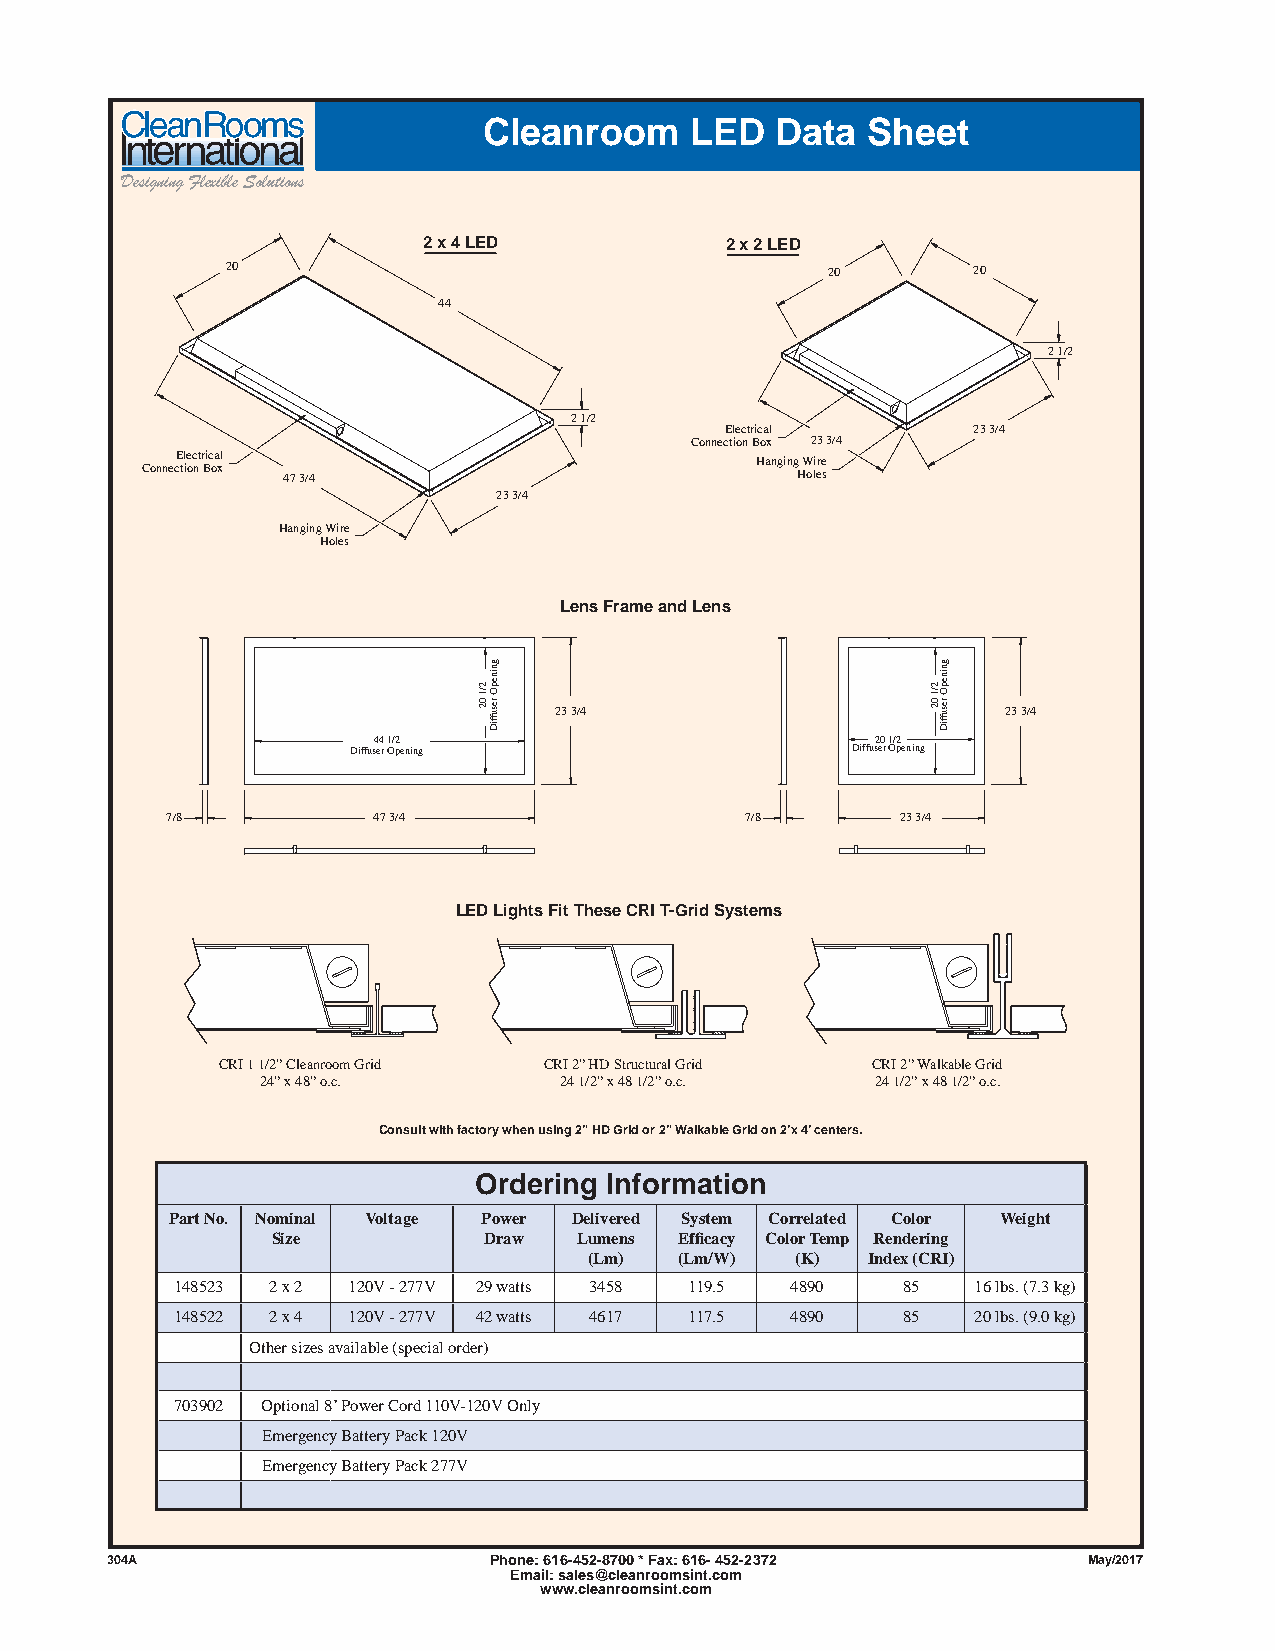
Cleanroom     LED  Data  Sheet
 Designing Flexible Solutions
 2 x 4 LED           2 x 2 LED
 20                                      20       20
 44
 2 1/2
 2 1/2
 Electrical      23 3/4
 Connection Box 23 3/4
 Electrical                            Hanging Wire
 Connection Box 47 3/4                       Holes
 23 3/4
 Hanging Wire
 Holes
 Lens Frame and Lens
 23 3/4                        23 3/4
 44 1/2                           20 1/2
 Diffuser Opening                 Diffuser Opening
 7/8           47 3/4                  7/8        23 3/4
 LED Lights Fit These CRI T-Grid Systems
 CRI 1 1/2” Cleanroom Grid CRI 2” HD Structural Grid CRI 2” Walkable Grid
 24” x 48” o.c.      24 1/2” x 48 1/2” o.c. 24 1/2” x 48 1/2” o.c.
 Consult with factory when using 2” HD Grid or 2” Walkable Grid on 2’x 4’ centers.
 Ordering Information
 Part No. Nominal Voltage Power Delivered System Correlated Color Weight
 Size          Draw  Lumens Effi cacy Color Temp Rendering
 (Lm)  (Lm/W)  (K) Index (CRI)
 148523 2 x 2 120V - 277V 29 watts 3458 119.5 4890 85 16 lbs. (7.3 kg)
 148522 2 x 4 120V - 277V 42 watts 4617 117.5 4890 85 20 lbs. (9.0 kg)
 Other sizes available (special order)
 703902 Optional 8’ Power Cord 110V-120V Only
 Emergency Battery Pack 120V
 Emergency Battery Pack 277V
 330044A                  Phone: 616-452-8700 * Fax: 616- 452-2372 May/2017
 Email: sales@cleanroomsint.com
 www.cleanroomsint.com
 2/1
 02
 gninepO
 resuffiD
 2/1
 02
 gninepO
 resuffiD